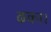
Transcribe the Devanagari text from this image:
ढका।